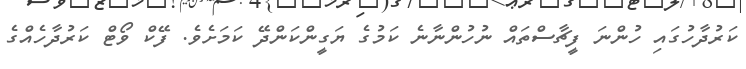
ކަރުދާހުގައި ހުންނަ ފީޗާސްތައް ނުހުންނާނެ ކަމުގެ ޔަގީންކަންދޭ ކަމަށެވެ. ފޭކް ވޯޓް ކަރުދާހެއްގެ